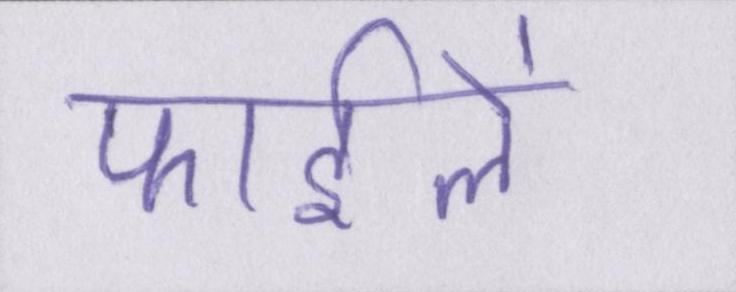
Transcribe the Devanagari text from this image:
फाईलें